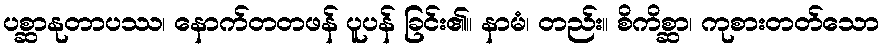
ပစ္ဆာနုတာပဿ၊ နောက်တတဖန် ပူပန် ခြင်း၏။ နာမံ၊ တည်း။ စိကိစ္ဆာ၊ ကုစားတတ်သော